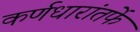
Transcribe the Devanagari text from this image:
कर्णधारांतर्फे